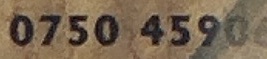
0750 4590